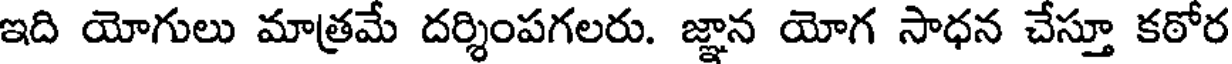
ఇది యోగులు మాత్రమే దర్శింపగలరు. జ్ఞాన యోగ సాధన చేస్తూ కఠోర